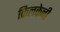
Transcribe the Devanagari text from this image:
किलकेनी